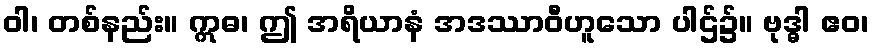
ဝါ၊ တစ်နည်း။ ဣဓ၊ ဤ အရိယာနံ အဒဿာဝီဟူသော ပါဌ်၌။ ဗုဒ္ဓါ ဧဝ၊